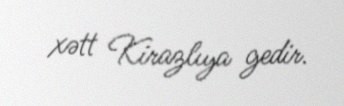
xətt Kirazlıya gedir.